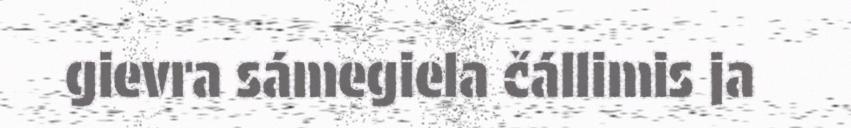
gievra sámegiela čállimis ja